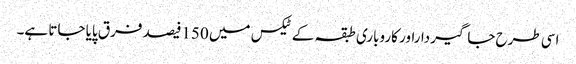
اسی طرح جاگیرداراور کاروباری طبقہ کے ٹیکس میں 150فیصد فرق پایا جاتا ہے۔